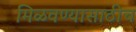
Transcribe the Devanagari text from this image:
मिळवण्यासाठीच